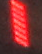
1